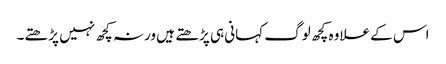
اس کے علاوہ کچھ لوگ کہانی ہی پڑھتے ہیں ورنہ کچھ نہیں پڑھتے۔